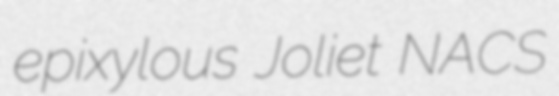
epixylous Joliet NACS